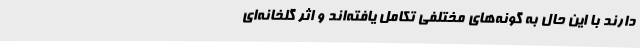
دارند با این حال به گونه‌های مختلفی تکامل یافته‌اند و اثر گلخانه‌ای